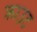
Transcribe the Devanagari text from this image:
क्राउट